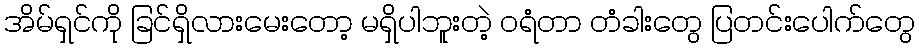
အိမ်ရှင်ကို ခြင်ရှိလားမေးတော့ မရှိပါဘူးတဲ့ ဝရံတာ တံခါးတွေ ပြတင်းပေါက်တွေ